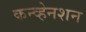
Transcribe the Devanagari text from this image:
कन्व्हेनशन